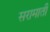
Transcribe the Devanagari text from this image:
सरामाती